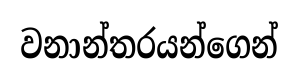
වනාන්තරයන්ගෙන්